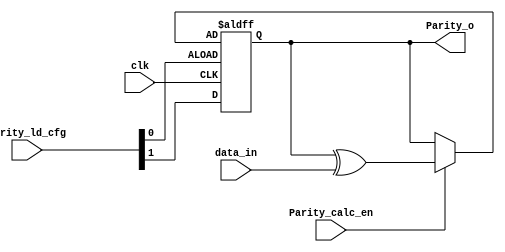
`timescale 1ns / 1ps

module Parity_generator (
	input clk
	,input data_in
	,input [1:0] Parity_ld_cfg
	,input Parity_calc_en
	,output reg Parity_o
);
wire Parity_ld_en;
wire Parity_cfg;
reg Parity;
assign Parity_ld_en = Parity_ld_cfg[0];
assign Parity_cfg = Parity_ld_cfg[1];
always @(negedge Parity_ld_en or posedge clk)
begin
	if(Parity_ld_en) 
		 Parity<= Parity_cfg;// 0 Even 1 Odd
	else 
	begin
		Parity<=(Parity_calc_en)?Parity^data_in:Parity;
	end
end 
always @ (*)
begin
	Parity_o=Parity;
end // always

endmodule